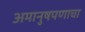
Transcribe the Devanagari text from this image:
अमानुषपणाचा